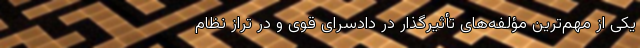
یکی از مهم‌ترین مؤلفه‌های تأثیرگذار در دادسرای قوی و در تراز نظام